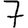
Digit: 7